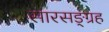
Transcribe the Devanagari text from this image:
सारसङ्ग्रह